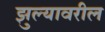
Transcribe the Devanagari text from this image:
झुल्यावरील